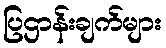
ပြဌာန်းချက်များ